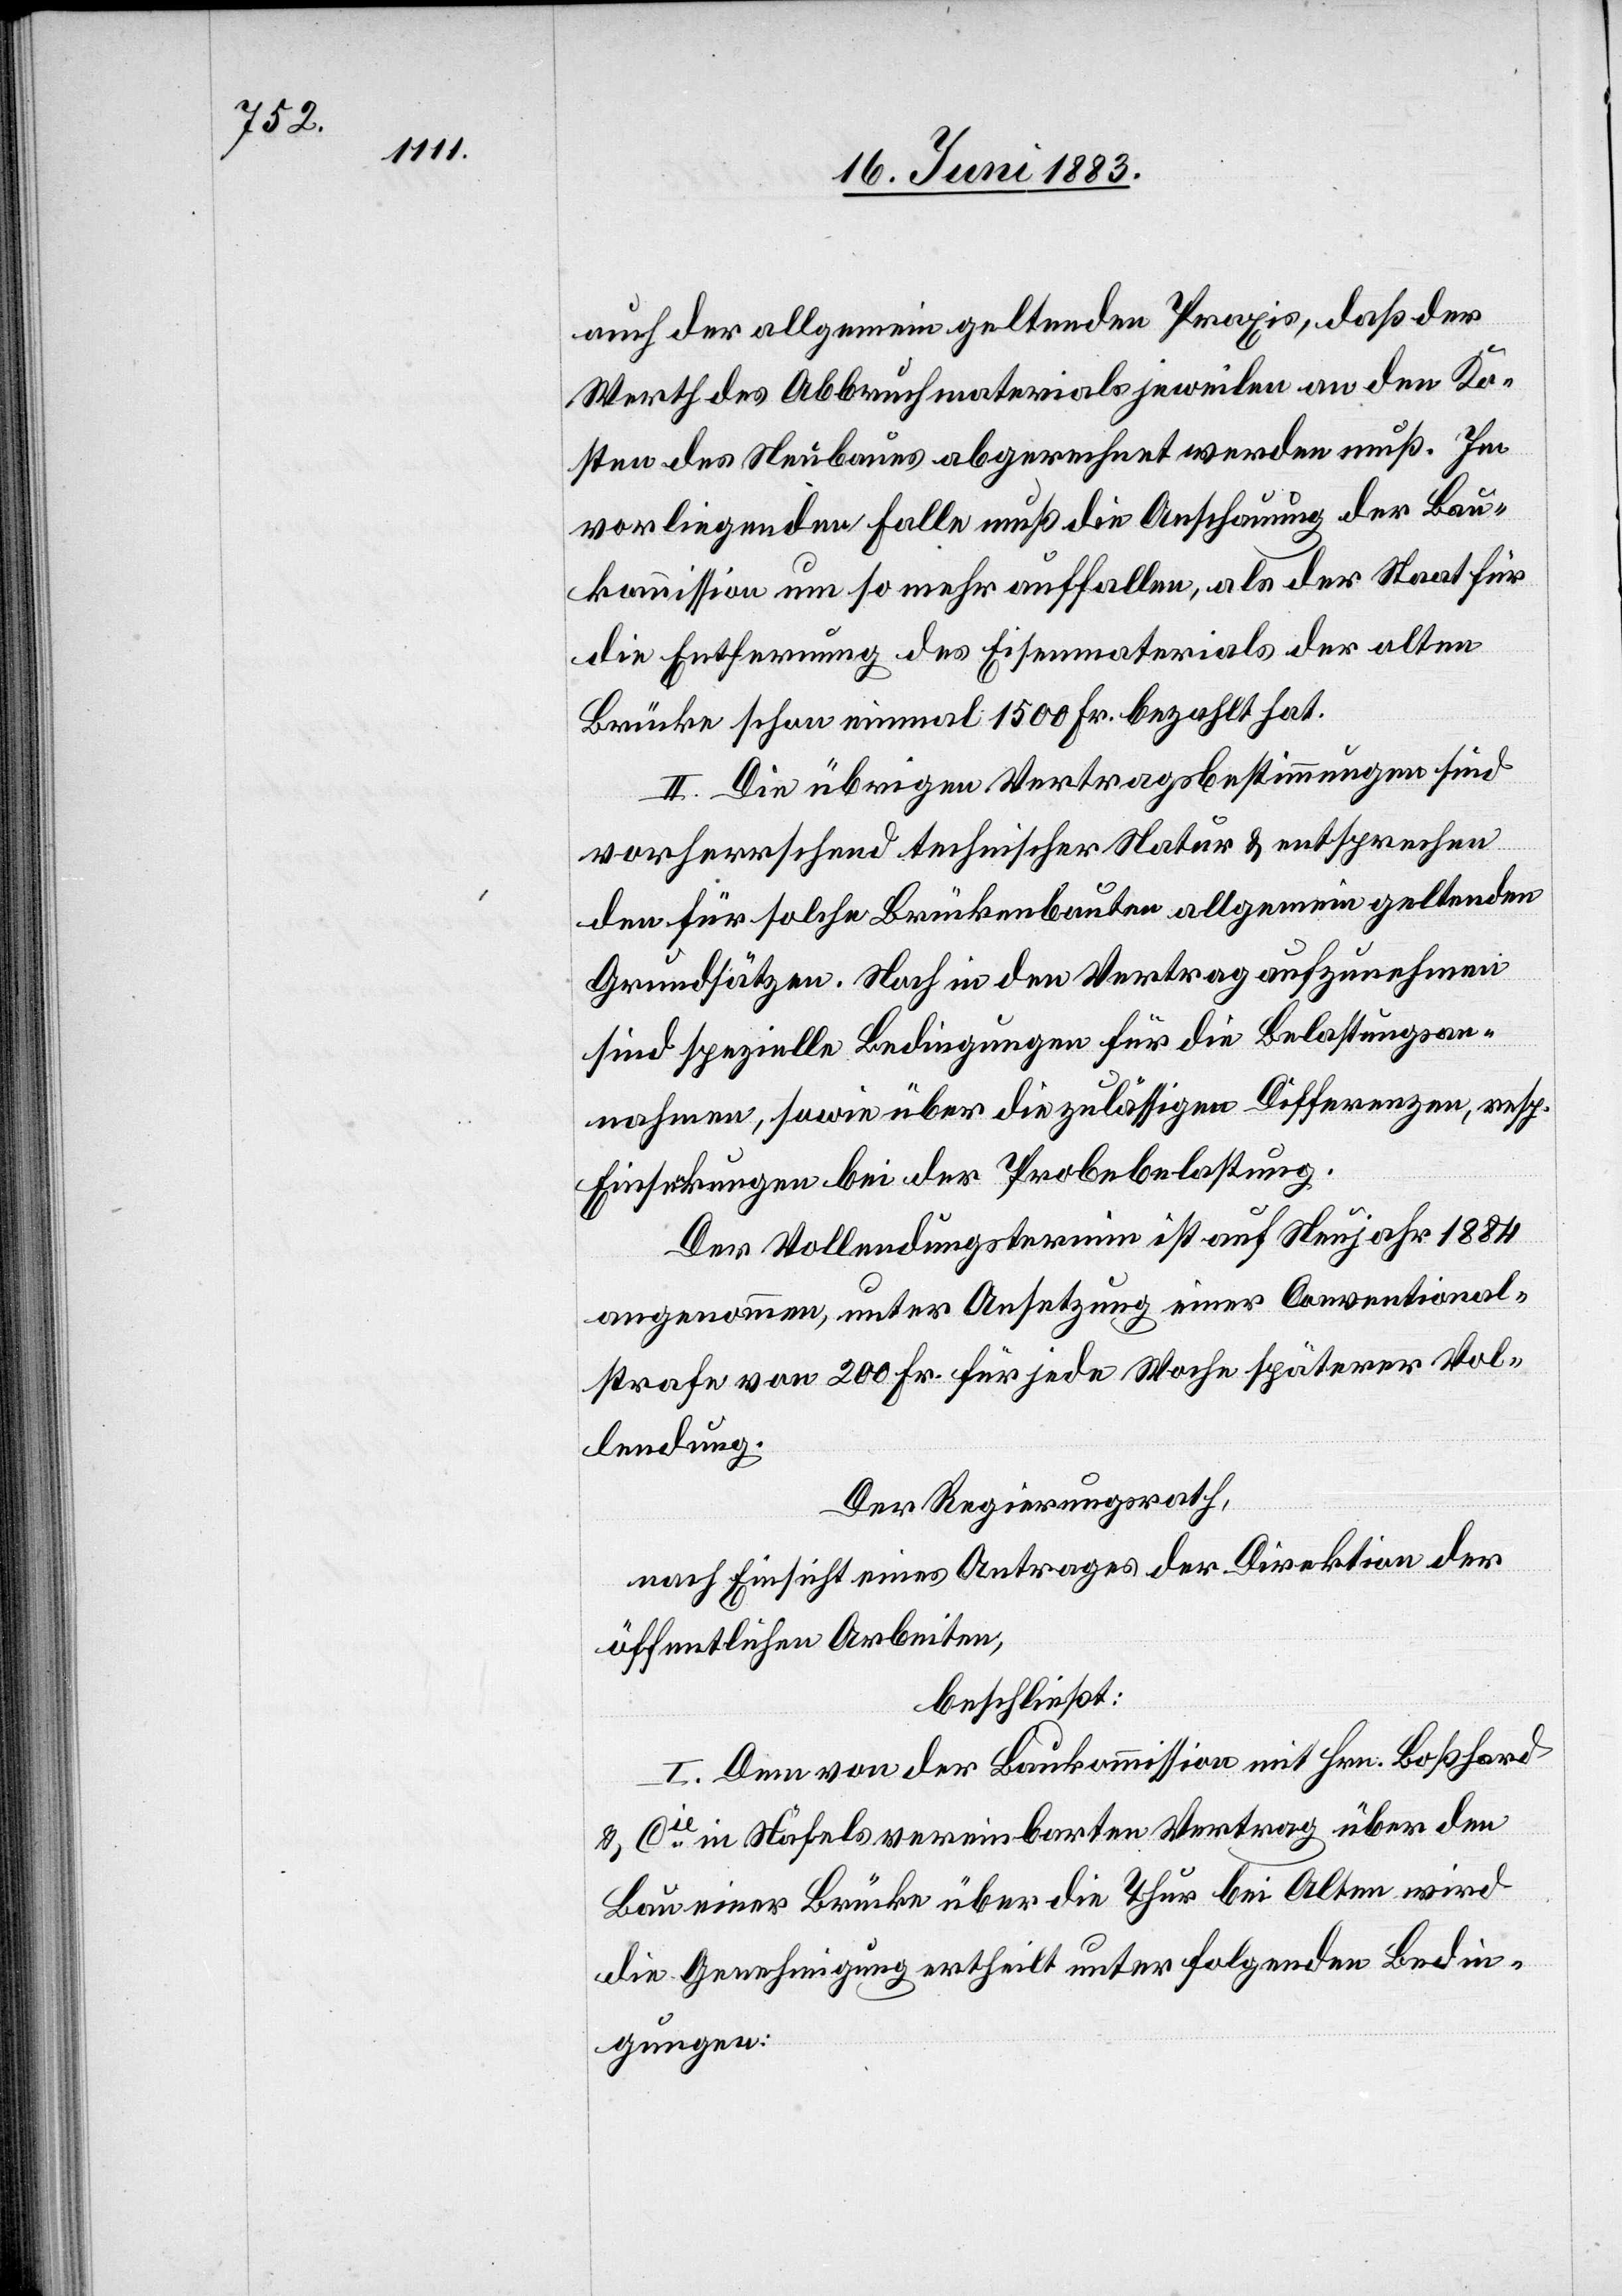
auch der allgemein geltenden Praxis, daß der
Werth des Abbruchmaterials jeweilen an den Ko¬
sten des Neubaues abgerechnet werden muß. Im
vorliegenden Falle muß die Anschauung der Bau¬
kommission um so mehr auffallen, als der Staat für
die Entfernung des Eisenmaterials der alten
Brücke schon einmal 1500 Fr. bezahlt hat.
II. Die übrigen Vertragsbestimmungen sind
vorhersehend technischer Natur & entsprechen
den für solche Brückenbaute allgemein geltenden
Grundsätzen. Noch in den Vertrag aufzunehmen
sind spezielle Bedingungen für die Belastungsan¬
nahmen, sowie über die zulässigen Differenzen, resp.
Einführungen bei der Probebelastung.
Der Vollendungstermin ist auf Neujahr 1884
angenommen, unter Ansetzung einer Conventional¬
strafe von 200 Fr. für jede Woche späterer Vol¬
lendung.
Der Regierungsrath,
nach Einsicht eines Antrages der Direktion der
öffentlichen Arbeiten,
beschließt:
I. Dem von der Baukommission mit Hrn. Boßhard
& Cie in Näfels vereinbarten Vertrag über den
Bau einer Brücke über die Thur bei Alten wird
die Genehmigung ertheilt unter folgenden Bedin¬
gungen: